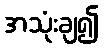
အသုံးချ၍